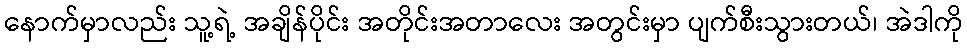
နောက်မှာလည်း သူ့ရဲ့ အချိန်ပိုင်း အတိုင်းအတာလေး အတွင်းမှာ ပျက်စီးသွားတယ်၊ အဲဒါကို